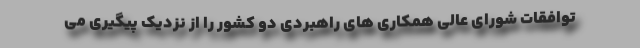
توافقات شورای عالی همکاری های راهبردی دو کشور را از نزدیک پیگیری می